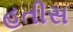
હતીસ